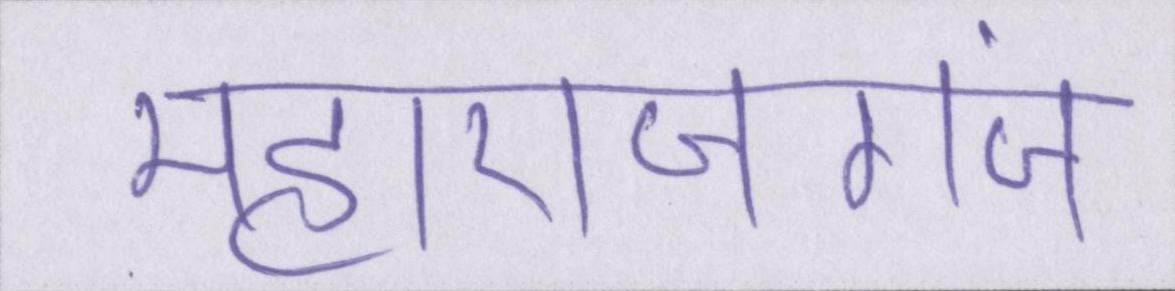
महाराजगंज